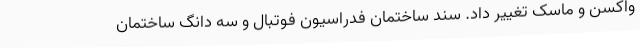
واکسن و ماسک تغییر داد. سند ساختمان فدراسیون فوتبال و سه دانگ ساختمان